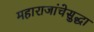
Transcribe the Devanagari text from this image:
महाराजांचेसुद्धा